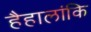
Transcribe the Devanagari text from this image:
हैहालांकि